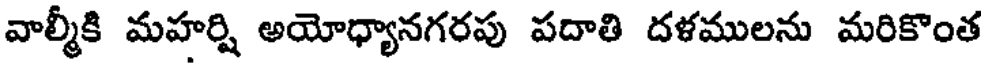
వాల్మీకి మహర్షి అయోధ్యానగరపు పదాతి దళములను మరికొంత